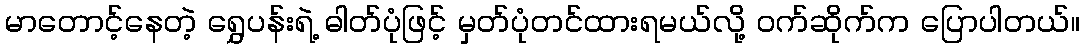
မာတောင့်နေတဲ့ ရွှေပန်းရဲ့ ဓါတ်ပုံဖြင့် မှတ်ပုံတင်ထားရမယ်လို့ ဝက်ဆိုက်က ပြောပါတယ်။